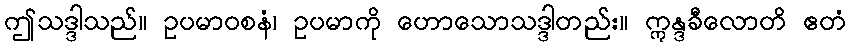
ဤသဒ္ဒါသည်။ ဥပမာဝစနံ၊ ဥပမာကို ဟောသောသဒ္ဒါတည်း။ ဣန္ဒခီလောတိ ဧတံ